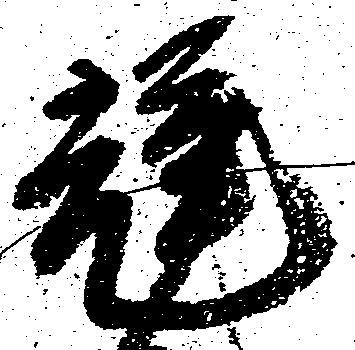
輝